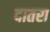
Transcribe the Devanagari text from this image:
दातरा